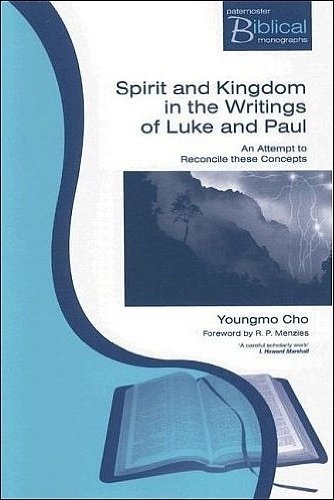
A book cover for Spirit And Kingdom In The Writings Of Lu (Paternoster Biblical Monographs) (Paternoster Biblical Monographs); Youngmo Cho; Christian Books & Bibles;